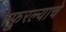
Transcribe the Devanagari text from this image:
स्फुरल्याचे